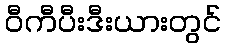
ဝီကီပီးဒီးယားတွင်